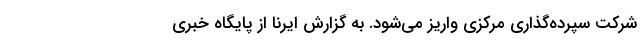
شرکت سپرده‌گذاری مرکزی واریز می‌شود. به گزارش ایرنا از پایگاه خبری